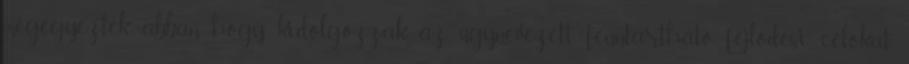
megegyeztek abban, hogy kidolgozzák az úgynevezett fenntartható fejlõdési célokat.